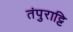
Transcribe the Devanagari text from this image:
तंपुराट्टि